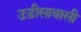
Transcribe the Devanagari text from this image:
उड़ीसावासी